Report on malaria in the Punjab during the year ...  together with an account of the work of the Punjab Malaria Bureau - Volume 5
Disease focus: Malaria
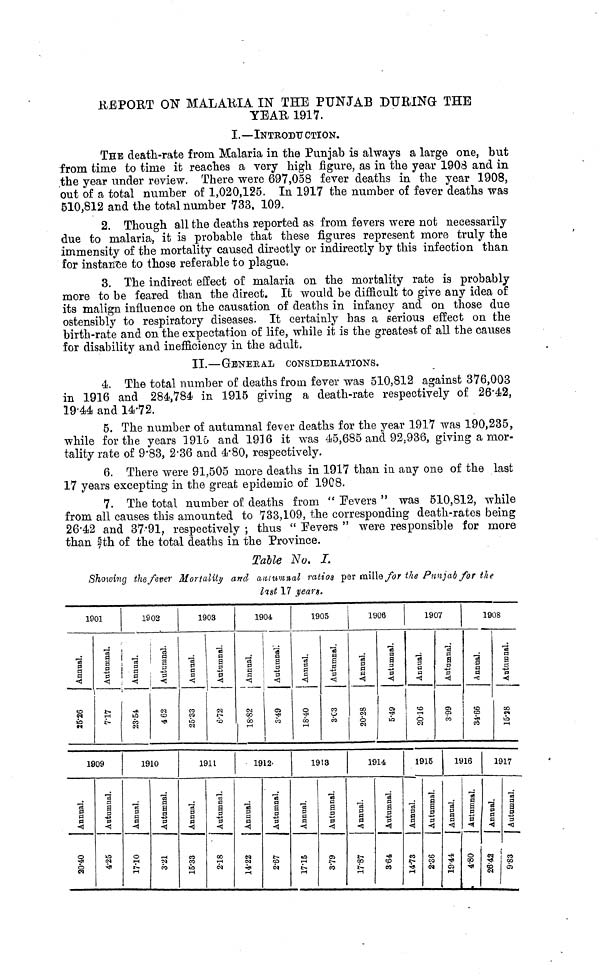
REPORT ON MALARIA IN THE PUNJAB DURING THE
YEAR 1917.
I.—INTRODUCTION.
THE death-rate from Malaria in the Punjab is always a large one, but
from time to time it reaches a very high figure, as in the year 1908 and in
the year under review. There were 697,058 fever deaths in the year 1908,
out of a total number of 1,020,125. In 1917 the number of fever deaths was
510,812 and the total number 733, 109.
2. Though all the deaths reported as from fevers were not necessarily
due to malaria, it is probable that these figures represent more truly the
immensity of the mortality caused directly or indirectly by this infection than
for instance to those referable to plague,
3. The indirect effect of malaria on the mortality rate is probably
more to be feared than the direct. It would be difficult to give any idea of
its malign influence on the causation of deaths in infancy and on those due
ostensibly to respiratory diseases. It certainly has a serious effect on the
birth-rate and on the expectation of life, while it is the greatest of all the causes
for disability and inefficiency in the adult.
II.—GBNERAL CONSIDERATIONS.
4. The total number of deaths from fever was 510,812 against 376,003
in 1916 and 284,784 in 1915 giving a death-rate respectively of 26.42,
19.44 and 14.72.
5. The number of autumnal fever deaths for the year 1917 was 190,235,
while for the years 3915 and 1916 it was 45,685 and 92.936, giving a mor-
tality rate of 9.83, 2.36 and 4.80, respectively.
6. There were 91,505 more deaths in 1917 than in any one of the last
17 years excepting in the great epidemic of 1908.
7. The total number of deaths from "Fevers " was 510,812, while
from all causes this amounted to 733,109, the corresponding death-rates being
26.42 and 37.91, respectively ; thus " Fevers " were responsible for more
than 5/7th of the total deaths in the Province.
Table No. I
Showing the fever Mortality and autumnal ratios per mille for the Punjab for the
last 17 years.
19
Annual.
25.26
19
Annual.
20.40
01
Autumnal.
7.17
09
Autumnal.
4.25
19
Annual.
23.54
19
Annual.
17.10
02
Autumnal.
4.62
10
Autumnal.
3.21
19
Annual.
25.33
19
Annual.
15.33
03
Autumnal.
6.72
11
Autumnal.
2.18
19
Annual.
18.82
19
Annual.
14.22
04
Autumnal.
3.49
12
Autumnal.
2.67
19
Annual.
18.40
19
Annual.
17.15
05
Autumnal.
3.03
13
Autumnal.
3.79
19
Annual.
20.28
19
Annual.
17.87
06
Autumnal.
5.49
14
Autumnal.
3.64
Annual.
20.16
19
Annual.
14.73
19
15
Autumnal.
2.36
07
Autumnal.
3.99
19
Annual.
19.44
Annual.
34.66
16
Autumnal.
4.80
19
19
Annual.
26.42
08
Autumnal.
15.28
17
Autumnal.
9.83